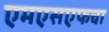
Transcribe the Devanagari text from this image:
एमएसएफचा